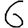
Digit: 6